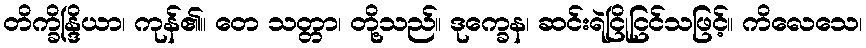
တိက္ခိန္ဒြိယာ၊ ကုန်၏။ တေ သတ္တာ၊ တို့သည်။ ဒုက္ခေန၊ ဆင်းရဲငြိုငြင်သဖြင့်။ ကိလေသေ၊